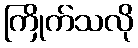
ကြိုက်သလို